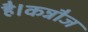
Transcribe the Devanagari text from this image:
है।कन्नौज